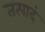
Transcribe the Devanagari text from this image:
तत्पादं